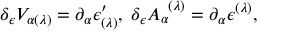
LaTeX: \delta _ { \epsilon } V _ { \alpha ( \lambda ) } = \partial _ { \alpha } \epsilon _ { ( \lambda ) } ^ { \prime } , \; \delta _ { \epsilon } A _ { \alpha } ^ { \; \; ( \lambda ) } = \partial _ { \alpha } \epsilon ^ { ( \lambda ) } ,